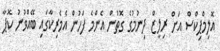
އޮލިމްޕިކްސް އަށް ރިލީޒް ދިނުމުގެ ގޮތުން އެންމެ ފަހުން އެމެރިކާގައި ބޭއްވުނު ކޮޕާ